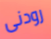
رودنى